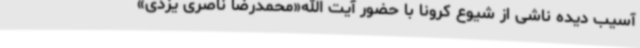
آسیب دیده ناشی از شیوع کرونا با حضور آیت الله«محمدرضا ناصری یزدی»